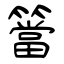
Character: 簹